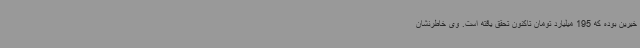
خیرین بوده که 195 میلیارد تومان تاکنون تحقق یافته است. وی خاطرنشان